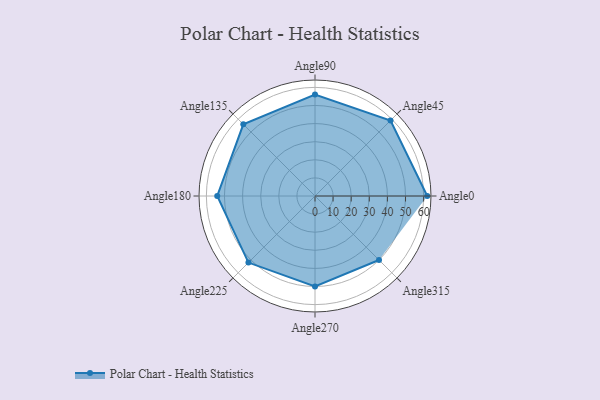
{"axis": {"x": "Angle", "y": "Radius"}, "legend": [""], "data": [{"x": "Angle0", "y": 62.0, "type": ""}, {"x": "Angle45", "y": 59.0, "type": ""}, {"x": "Angle90", "y": 56.0, "type": ""}, {"x": "Angle135", "y": 56.0, "type": ""}, {"x": "Angle180", "y": 54.0, "type": ""}, {"x": "Angle225", "y": 52.0, "type": ""}, {"x": "Angle270", "y": 50, "type": ""}, {"x": "Angle315", "y": 50, "type": ""}]}